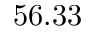
5 6 . 3 3